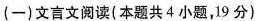
(一) 文言文阅读(本题共4小题，19分)